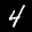
Label: 4